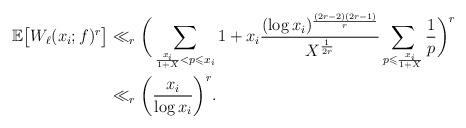
LaTeX: \begin{align*}\begin{aligned} \mathbb{E}\big[W_{\ell}(x_i;f)^{r}\big] & \ll_r \bigg( \sum_{\frac{x_i}{1+X} < p \leqslant x_i } 1 + x_i \frac{(\log x_i)^{\frac{(2r-2)(2r-1)}{r}}}{X^{\frac{1}{2r}}}\sum_{ p\leqslant \frac{x_i}{1+X} } \frac{1}{p} \bigg)^r \\ & \ll_r \bigg(\frac{x_i}{\log x_i} \bigg)^r. \end{aligned}\end{align*}